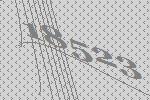
18523